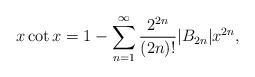
LaTeX: \begin{align*}x \cot x=1-\sum_{n=1}^\infty\frac{2^{2n}}{(2n)!}|B_{2n}|x^{2n},\end{align*}